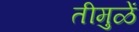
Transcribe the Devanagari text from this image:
तीमुळें